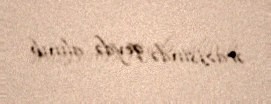
ərazisində qeydə alınıb.